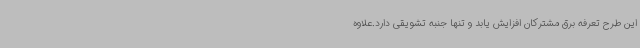
این طرح تعرفه برق مشترکان افزایش یابد و تنها جنبه تشویقی دارد.علاوه